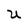
Character: U